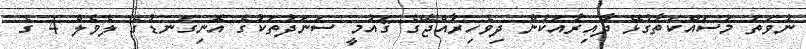
ނުވަތަ މަސައްކަތާގުޅޭ ދާއިރާއަކުން ދިވެހިރާއްޖޭގެ ޤައުމީ ސަނަދުތަކުގެ އޮނިގަނޑުގެ ލެވެލް 4 ގެ